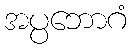
အပ္ပဘောဂံ